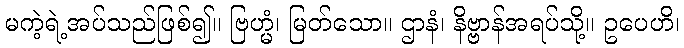
မကဲ့ရဲ့အပ်သည်ဖြစ်၍။ ဗြဟ္မံ၊ မြတ်သော။ ဌာနံ၊ နိဗ္ဗာန်အရပ်သို့။ ဥပေဟိ၊